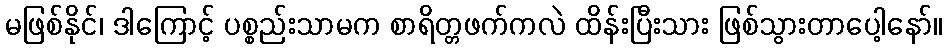
မဖြစ်နိုင်၊ ဒါကြောင့် ပစ္စည်းသာမက စာရိတ္တဖက်ကလဲ ထိန်းပြီးသား ဖြစ်သွားတာပေါ့နော်။